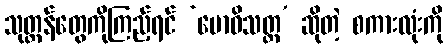
သုတ္တန်တွေကိုကြည့်ရင် ‘ဗောဓိသတ္တ’ ဆိုတဲ့ စကားလုံးကို